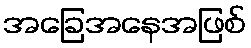
အခြေအနေအဖြစ်